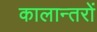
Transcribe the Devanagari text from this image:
कालान्तरों